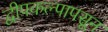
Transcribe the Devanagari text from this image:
द्वीपकल्पापसून